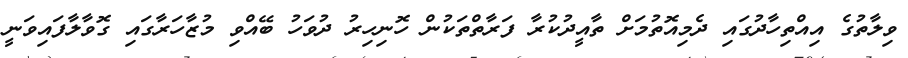
ވިލާތުގެ އިއްތިހާދުގައި ދެމިއޮތުމަށް ތާއީދުކުރާ ފަރާތްތަކުން ހޮނިހިރު ދުވަހު ބޭއްވި މުޒާހަރާގައި ގޮވާލާފައިވަނީ